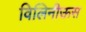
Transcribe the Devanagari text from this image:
विलिनीऊस